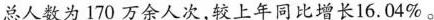
总人数为170万余人次，较上年同比增长16.04%。